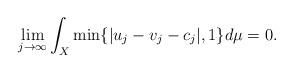
LaTeX: \begin{align*}\lim\limits_{j\to\infty}\int_X\min\{|u_j-v_j-c_j|, 1\}d\mu=0.\end{align*}